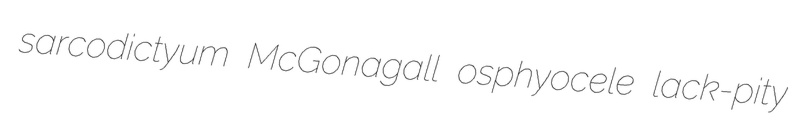
sarcodictyum McGonagall osphyocele lack-pity